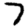
Digit: 7